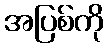
အပြစ်ကို